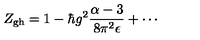
Z _ { \mathrm { g h } } = 1 - \hbar g ^ { 2 } \frac { \alpha - 3 } { 8 \pi ^ { 2 } \epsilon } + \cdots